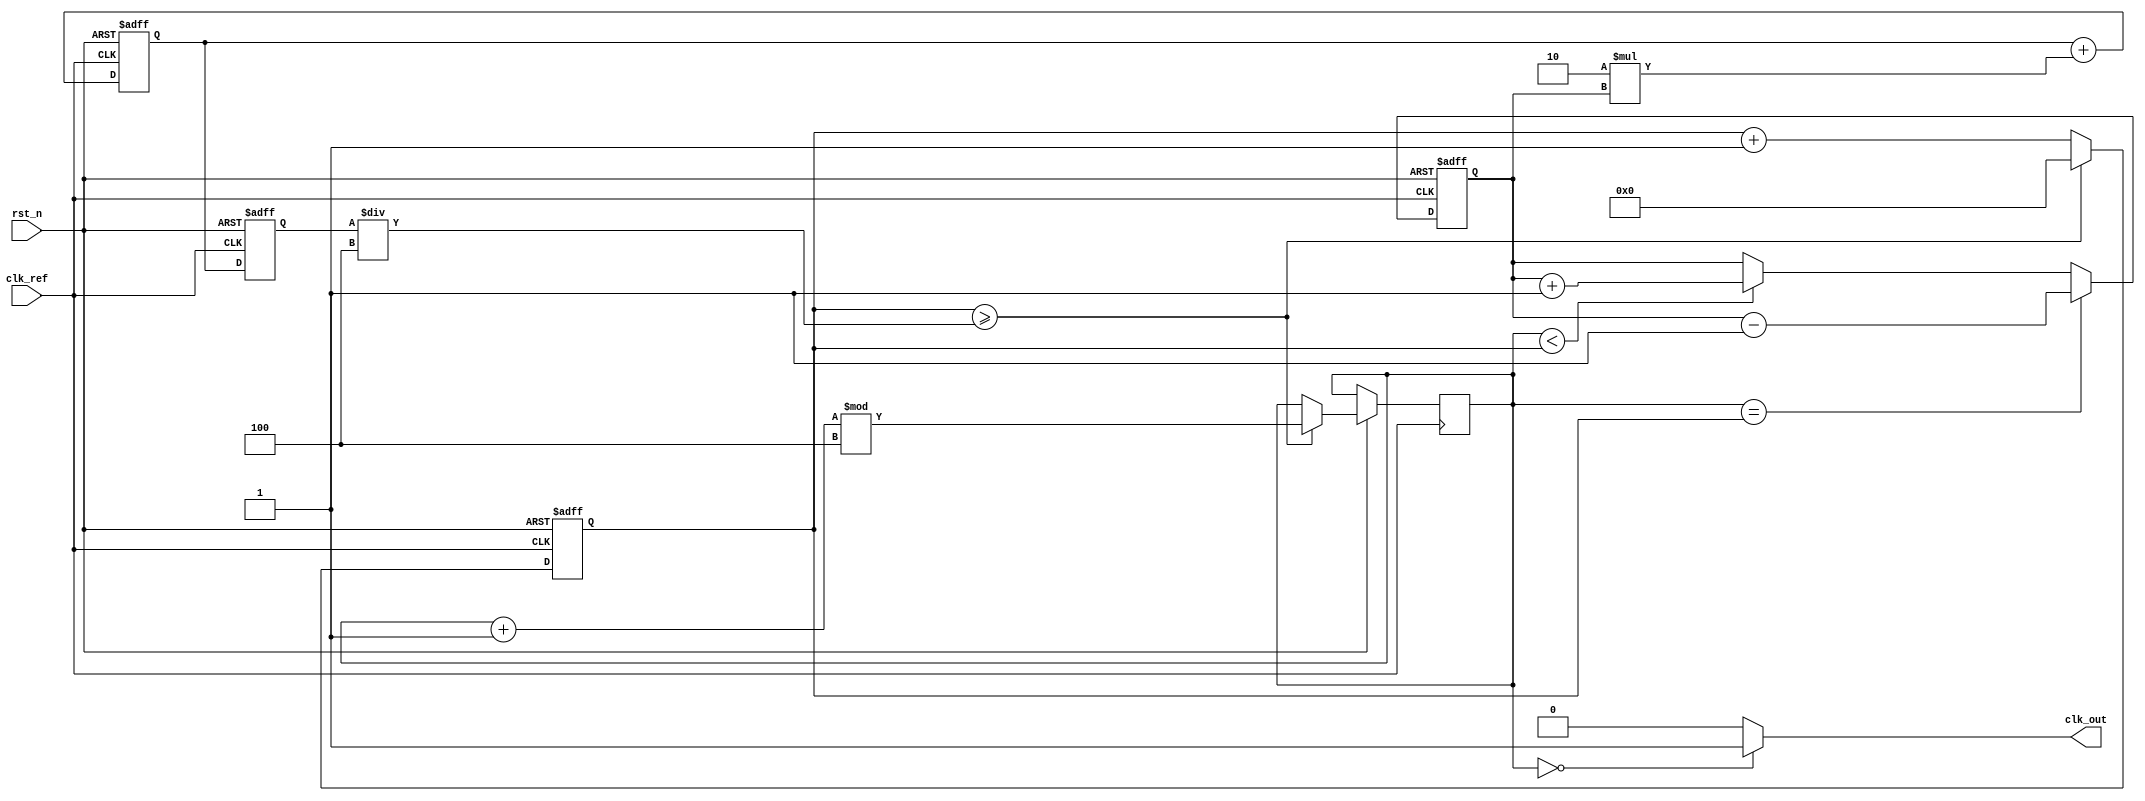
module pll (
    input wire clk_ref,         // Reference clock input
    input wire rst_n,          // Active-low reset
    output wire clk_out         // Output clock
);

// Parameters
parameter N = 4;              // Frequency division ratio
parameter Kp = 8;             // Proportional gain for PD
parameter Ki = 2;             // Integral gain for LF

// Internal signals
reg [31:0] phase_error;       // Phase error signal from PD
reg [31:0] control_voltage;    // Control voltage for VCO
reg [31:0] vco_freq;           // Frequency output from VCO
reg [31:0] feedback_div;       // Divider for feedback
reg [31:0] feedback_count;     // Feedback count for divider

// Phase Detector (PD)
always @(posedge clk_ref or negedge rst_n) begin
    if (!rst_n) begin
        phase_error <= 0;
    end else begin
        // Simple phase comparison logic (up/down counter)
        if (feedback_div == feedback_count) begin
            phase_error <= phase_error - 1; // Feedback lags reference
        end else if (feedback_div < feedback_count) begin
            phase_error <= phase_error + 1; // Feedback leads reference
        end
    end
end

// Loop Filter (LF)
always @(posedge clk_ref or negedge rst_n) begin
    if (!rst_n) begin
        control_voltage <= 0;
    end else begin
        // Basic PI controller
        control_voltage <= (control_voltage + (Kp * phase_error)) >> 1;  // Proportional term
        control_voltage <= control_voltage + (Ki * phase_error);          // Integral term
    end
end

// Voltage-Controlled Oscillator (VCO)
always @(posedge clk_ref or negedge rst_n) begin
    if (!rst_n) begin
        vco_freq <= 0; // Default frequency on reset
    end else begin
        vco_freq <= control_voltage; // Control voltage sets VCO frequency
    end
end

// Feedback Divider
always @(posedge clk_ref or negedge rst_n) begin
    if (!rst_n) begin
        feedback_count <= 0;
    end else begin
        // Simple frequency divider logic
        feedback_count <= feedback_count + 1;
        if (feedback_count >= (vco_freq / N)) begin
            feedback_div <= (feedback_div + 1) % N;
            feedback_count <= 0; // Reset feedback counter
        end
    end
end

// Output Clock Generation
assign clk_out = (feedback_div == 0) ? 1'b1 : 1'b0; // Generate output clock

endmodule